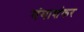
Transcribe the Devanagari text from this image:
गंगाशंकर